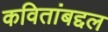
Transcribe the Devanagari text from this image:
कवितांबद्दल